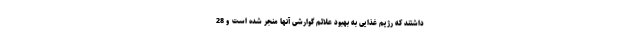
داشتند که رژیم غذایی به بهبود علائم گوارشی آنها منجر شده است و 28